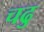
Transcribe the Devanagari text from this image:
चढु